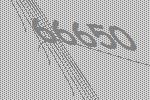
66650